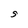
Character: S